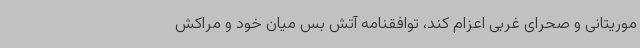
موریتانی و صحرای غربی اعزام کند، توافقنامه آتش بس میان خود و مراکش